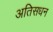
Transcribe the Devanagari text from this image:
अतिसधन